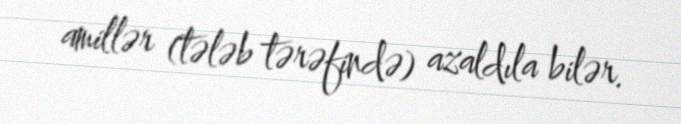
amillər (tələb tərəfində) azaldıla bilər.